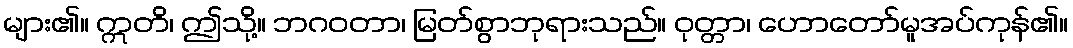
များ၏။ ဣတိ၊ ဤသို့။ ဘဂဝတာ၊ မြတ်စွာဘုရားသည်။ ဝုတ္တာ၊ ဟောတော်မူအပ်ကုန်၏။